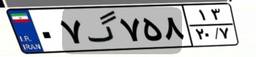
۰۷گ۷۵۸۱۳